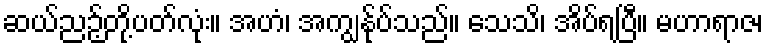
ဆယ်ညဉ့်တို့ပတ်လုံး။ အဟံ၊ အကျွန်ုပ်သည်။ သေသိ၊ အိပ်ရပြီ။ မဟာရာဇ၊